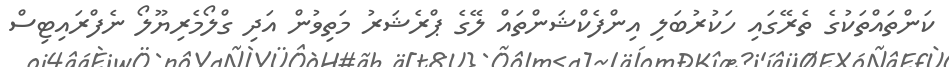
ކަންތައްތަކުގެ ތެރޭގައި ހަކުރުބަލި އިންފެކްޝަންތައް ލޭގެ ޕްރެޝަރު މަތިވުން އަދި ގްލޯމެރިޔޫލޯ ނެފްރައިޓިސް